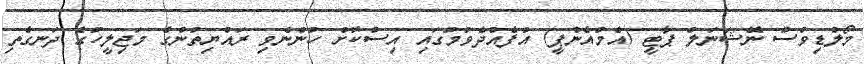
މޯލްޑިވްސް ނޭޝަނަލް ޕާޓީ (އެމްއެންޕީ) އުފެއްދެވުމުގައި އިސްކޮށް ހުންނެވި ރައްޔިތުންގެ މަޖިލީހުގެ ދަނގެތި